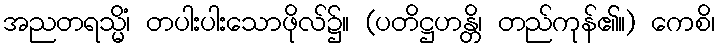
အညတရသ္မိံ၊ တပါးပါးသောဖိုလ်၌။ (ပတိဋ္ဌဟန္တိ၊ တည်ကုန်၏။) ကေစိ၊